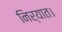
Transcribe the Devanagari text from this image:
निर्यात।